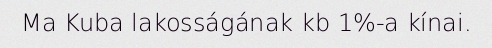
Ma Kuba lakosságának kb 1%-a kínai.